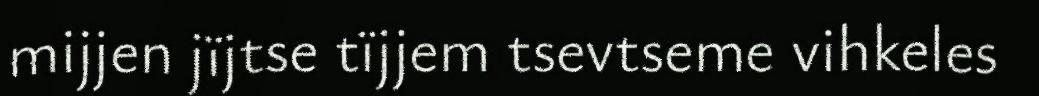
mijjen jïjtse tïjjem tsevtseme vihkeles